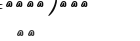
١٨